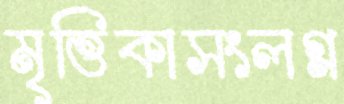
মৃত্তিকাসংলগ্ন